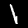
Label: 1